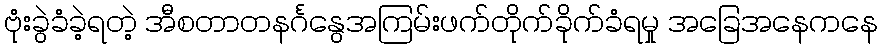
ဗုံးခွဲခံခဲ့ရတဲ့ အီစတာတနင်္ဂနွေအကြမ်းဖက်တိုက်ခိုက်ခံရမှု အခြေအနေကနေ